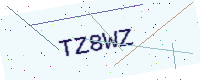
Text: TZ8WZ